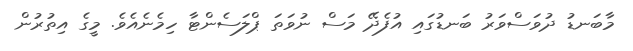
މާބަނޑު ދުވަސްވަރު ބަނޑުގައި އުފެދޭ މަސް ނުވަތަ ޕްލަސެންޓާ ހިމެނެއެވެ. މީގެ އިތުރުން